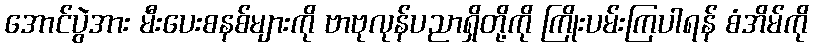
အောင်ပွဲအား မီးပေးစနစ်များကို ဗာဗုလုန်ပညာရှိတို့ကို ကြိုးပမ်းကြပါရန် စံအိမ်ကို